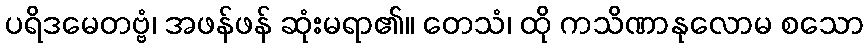
ပရိဒမေတဗ္ဗံ၊ အဖန်ဖန် ဆုံးမရာ၏။ တေသံ၊ ထို ကသိဏာနုလောမ စသော